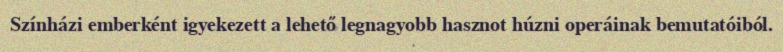
Színházi emberként igyekezett a lehető legnagyobb hasznot húzni operáinak bemutatóiból.